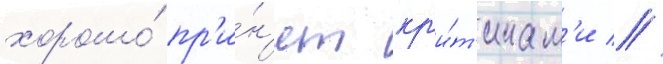
хорошо́ пр'и́н'ят кр'и́т'икам'и //